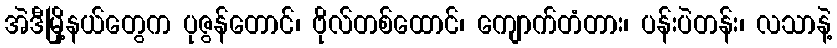
အဲဒီမြို့နယ်တွေက ပုဇွန်တောင်၊ ဗိုလ်တစ်ထောင်၊ ကျောက်တံတား၊ ပန်းပဲတန်း၊ လသာနဲ့